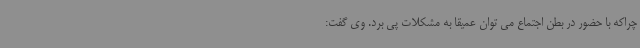
چراکه با حضور در بطن اجتماع می توان عمیقا به مشکلات پی برد. وی گفت: